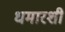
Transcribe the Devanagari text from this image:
धमारशी